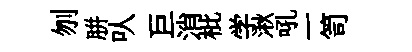
刎胼㕥巨消枇学湫吼一笥